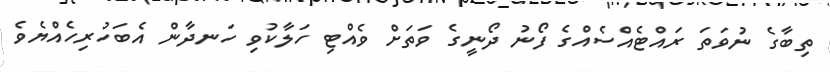
ތިބާގެ ނުވަތަ ރައްޓެއްސެއްގެ ފޯނު ދޯނީގެ ވަތަށް ވެއްޓި ހަލާކުވި ހަނދާން އެބަހުރިހެއްޔެވެ